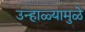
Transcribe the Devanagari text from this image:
उन्हाळ्यामुळे